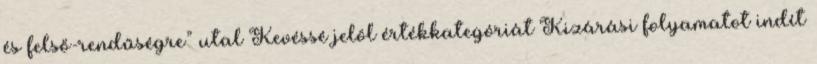
és felső-rendűségre” utal Kevéssé jelöl értékkategóriát Kizárási folyamatot indít